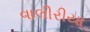
વાલીરીયા